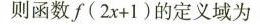
则函数f(2x+1)的定义域为 ()